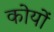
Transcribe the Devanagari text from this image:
कोयों